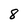
Character: 8